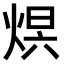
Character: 𤊋